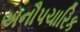
અનૌપચારિક